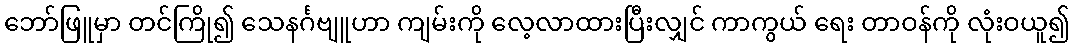
ဘော်ဖြူမှာ တင်ကြို၍ သေနင်္ဂဗျူဟာ ကျမ်းကို လေ့လာထားပြီးလျှင် ကာကွယ် ရေး တာဝန်ကို လုံးဝယူ၍